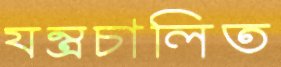
যন্ত্রচালিত